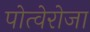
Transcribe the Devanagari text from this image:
पोत्वेरोजा